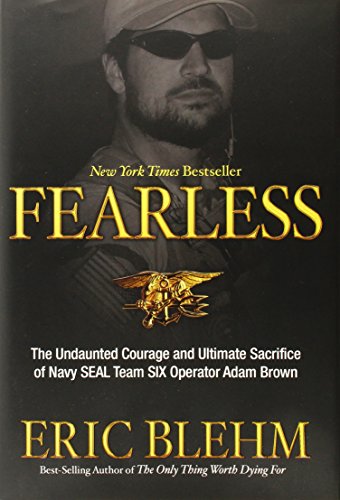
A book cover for Fearless: The Undaunted Courage and Ultimate Sacrifice of Navy SEAL Team SIX Operator Adam Brown; Eric Blehm; History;